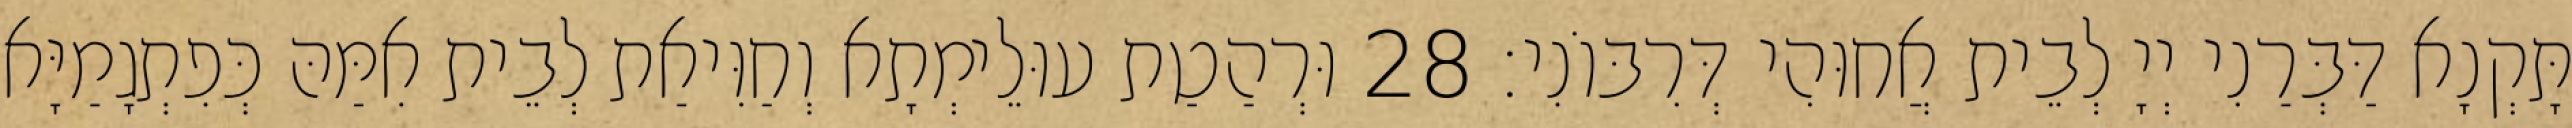
תָּקְנָא דַּבְּרַנִי יְיָ לְבֵית אֲחוּהִי דְּרִבּוֹנִי׃ 28 וּרְהַטַת עוּלֵימְתָא וְחַוִּיאַת לְבֵית אִמַּהּ כְּפִתְגָמַיָּא